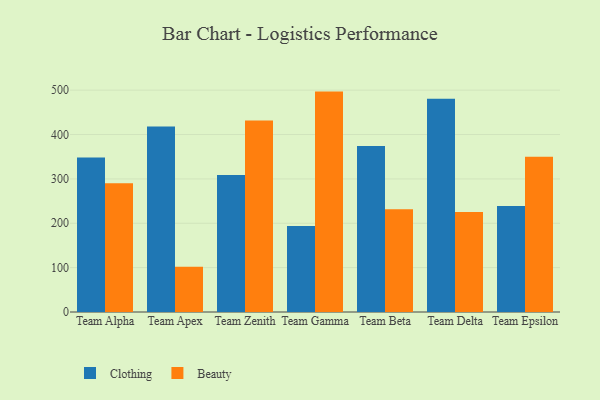
{"axis": {"x": "Team", "y": "Temperature (°C)"}, "legend": ["Beauty", "Clothing"], "data": [{"x": "Team Alpha", "y": 348.4, "type": "Clothing"}, {"x": "Team Alpha", "y": 290.2, "type": "Beauty"}, {"x": "Team Apex", "y": 418.0, "type": "Clothing"}, {"x": "Team Apex", "y": 101.9, "type": "Beauty"}, {"x": "Team Zenith", "y": 308.8, "type": "Clothing"}, {"x": "Team Zenith", "y": 431.8, "type": "Beauty"}, {"x": "Team Gamma", "y": 194.0, "type": "Clothing"}, {"x": "Team Gamma", "y": 496.8, "type": "Beauty"}, {"x": "Team Beta", "y": 374.0, "type": "Clothing"}, {"x": "Team Beta", "y": 231.8, "type": "Beauty"}, {"x": "Team Delta", "y": 480.8, "type": "Clothing"}, {"x": "Team Delta", "y": 225.6, "type": "Beauty"}, {"x": "Team Epsilon", "y": 239.2, "type": "Clothing"}, {"x": "Team Epsilon", "y": 349.8, "type": "Beauty"}]}